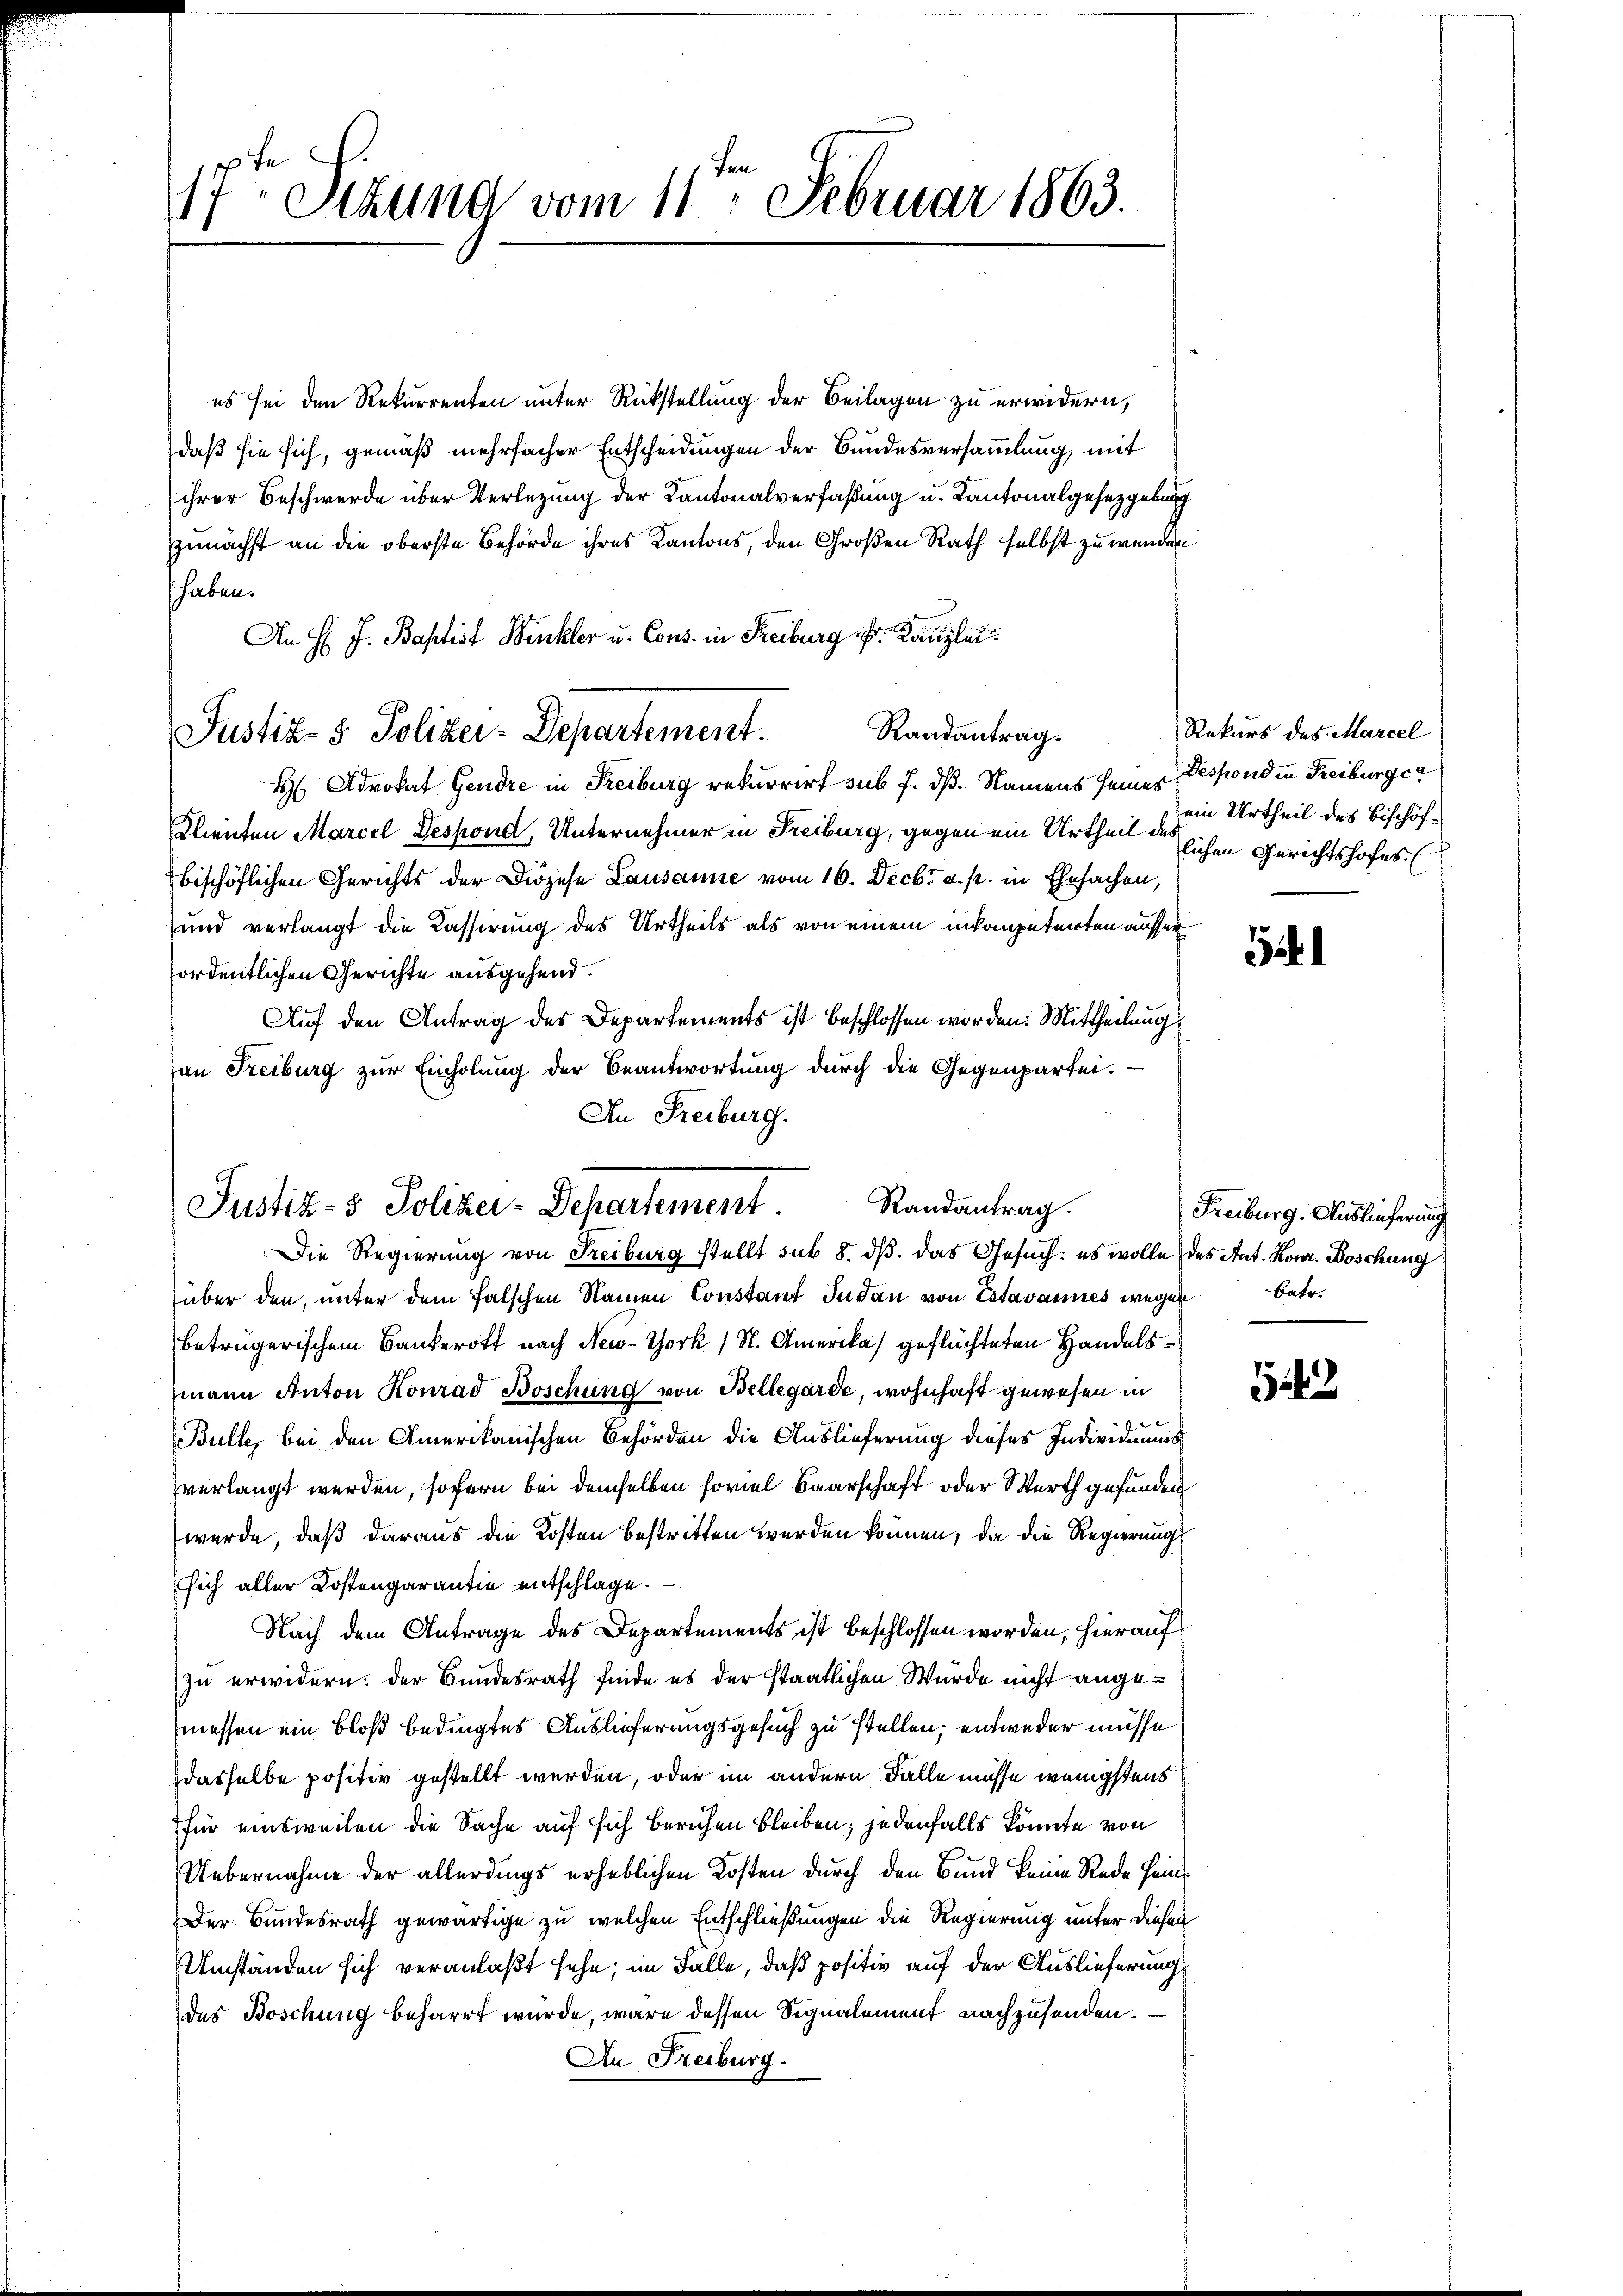
17. Setzung vom 11. Februar 1863.
1

es sei den Rekurrenten unter Rückstellung der Beilagen zu erwidern,
daß sie sich, gemäß mehrfacher Entscheidungen der Bundesversammlung, mit
ihrer Beschwerde über Verletzung der Kantonalverfaßung u. Kantonalgesetzgebung
Zunächst an die oberste Behörde ihres Kantons, den Großen Rath selbst zu werden
haben.
An H. J. Baptist Winkler u. Cons. in Freiburg Fr. Kanzlei.
Randantrag.
Justiz- & Polizei-Departement.
H Advokat Gendre in Freiburg rekurrirt sub 7. dß. Namens seines
Klienten Marcel Despond, Unternehmer in Freiburg, gegen ein Urtheil der sichen Gerichtshofes (
bischöflichen Gerichts der Diözese Lausanne vom 16. Decbr. a. p. in Ehesachen,
und verlangt die Cassirung des Urtheils als von einem inkompetenten ausser
ordentlichen Gerichte ausgehend.
Auf den Antrag des Departements ist beschlossen worden: Mittheilung
an Freiburg zur Einholung der Beantwortung durch die Gegenpartei-
An Freiburg.

Randantrag.
Justiz- & Polizei-Departement.
Die Regierung von Freiburg stellt sub 8. dβ das Gesuch: es wolle des Ant. Rom. Boschung

Rekurs des Marcel
Despondin Freiburg er
ein Urtheil des Bischöf-

über den, unter dem Falschen Namen Constant Judan von Estavannes wegen betr.
beträgerischem Bankerott nach New-York 1 S. Amerika geflüchteten Handelsmann Anton Konrad Böschung von Bellegarde, wohnhaft gewesen in
b
Bulle, bei den Amerikanischen Behörden die Auslieferung dieses Individuums
verlangt werden, sofern bei demselben soviel Baarschaft oder Werth gefunden
wurde, daß daraus die Kosten bestritten werden können, da die Regierung
sich aller Kostengarantie entschlage.
Nach dem Antrage des Departements ist beschlossen worden, hierauf
zu erwidern. Der Bundesrath finde es der staatlichen Würde nicht angemessen ein bloß bedingtes Auslieferungsgesuch zu stellen; entweder müsse
dasselbe positiv gestellt werden, oder im andern Falle müsse wenigstens
für einsweilen die Sache auf sich beruhen bleiben; jedenfalls könnte von
Uebernahme der allerdings erheblichen Kosten durch den Bund keine Rede Hein¬
Der Bundesrath gewärtige zu welchen Entschließungen die Regierung unter diesen
Umständen sich veranlaßt sehe; im Falle, daß positiv auf der Auslieferung
des Boschung beharrt wurde, wäre dessen Signalement nachzusenden.
An Freiburg.

3

Freiburg. Auslieferung

52